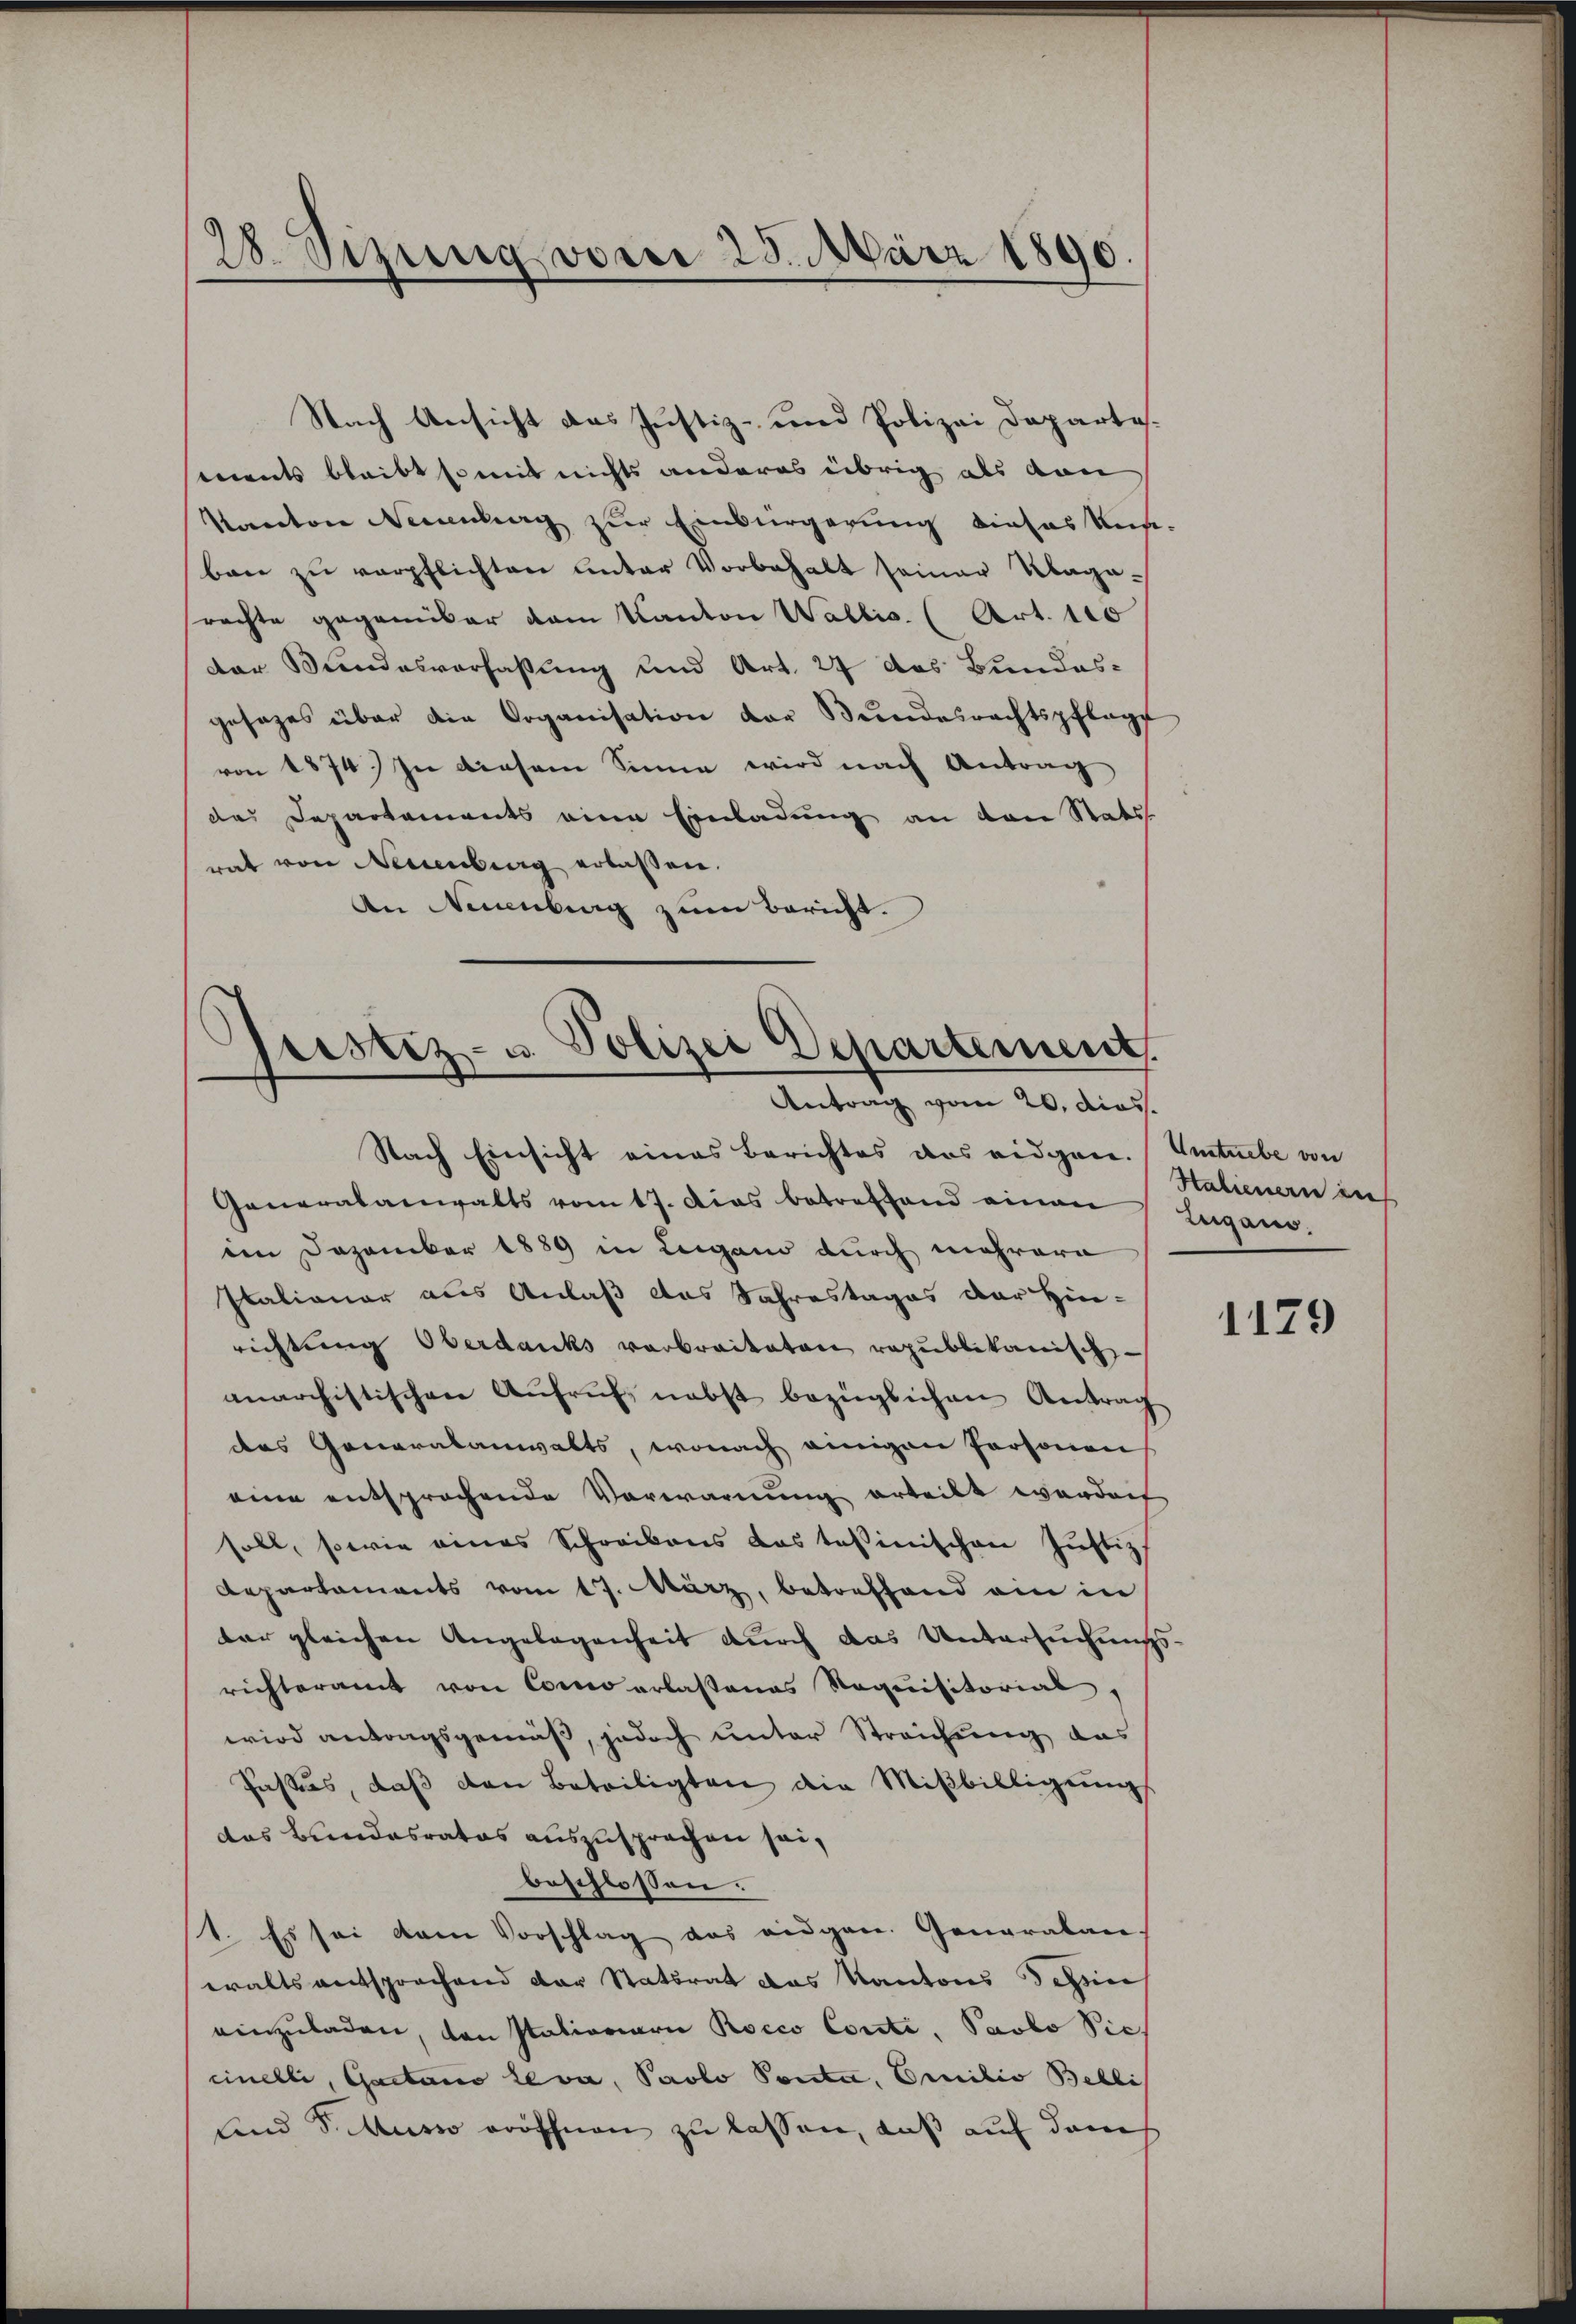
28. Sizung vorei 28. März 1890.

ments bleibt somit nichts anderes übrig als von
Kanton Neuenburg zur Einbürgerung dieses Rusben zŭ verpflichten unter Vorbehalt seiner Klage-
srachte gegenüber dem Kanton Wallis. (Art. 100
der Kindesverfaßung und Art. 27 das Bundes-
gesezes über die Organisation der Bŭndesrechtspflege
von 1874) In diesem Sinne wird nach Antrag
das Departements eine Einladung an den Stats
rat von Neuenburg erlassen.
An Neuenburg zum Bericht.

Nach Ansicht das Justiz- und Polizei Departe¬

Pristiz- u. Polizei Departement.
Antrag vom 20. dies

Nach Einsicht eines Berichtes das eidgen. Umtriebe von
Generalanwalts vom 17. Das betreffend einen Lugano.
den Dezember 1889 in Lugano durch mehrere
Italionar aus Anlaß das Jahrestages der Hin-
richtung Oberdanks verbreiteten republikanisch-
mnarchistischen Aufruf, nebst bezüglichen Antrag
das Generalanwalts, wonach einigen Personen
eine entsprochende Verwarnung erteilt werden
soll, sowie eines Schreibens das tessinischen Justiz
Departaments vom 17. März, betreffend ein in
dar gleichen Angelegenheit durch das Untersuchungsrichteramt von Como erlassenes Requisitorial,
wird antragsgemäß, jedoch unter Streichung das
Passus, daß den Beteiligten die Mißbilligung
das Bundesrates auszusprechen sei,
beschlossen.
1. Es sei dem Vorschlag das eidgen. Generalan-
walts entsprochend der Statsrat das Kantons Schin
einzuladen, von stationar Rocco Conti, Paolo Vieh
cinelli, Gaetano leva, Paolo Ponta, Emilie Belli
und Sittum eröffnen zu lassen, daß auf dem

Halienern in

1179